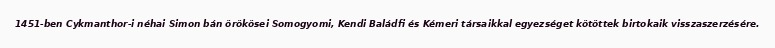
1451-ben Cykmanthor-i néhai Simon bán örökösei Somogyomi, Kendi Baládfi és Kémeri társaikkal egyezséget kötöttek birtokaik visszaszerzésére.